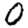
Digit: 0